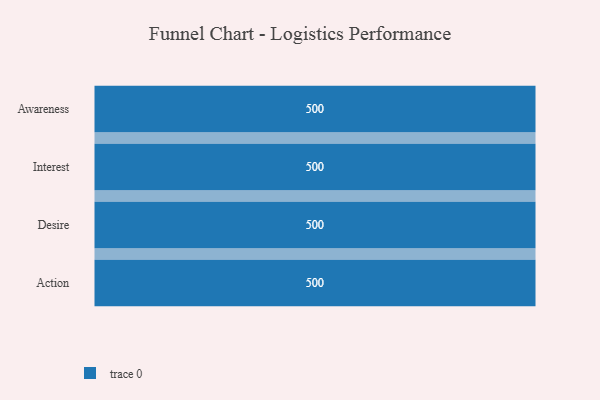
{"axis": {"x": "Stage", "y": "Value"}, "legend": [""], "data": [{"x": "Awareness", "y": 500, "type": ""}, {"x": "Interest", "y": 500, "type": ""}, {"x": "Desire", "y": 500, "type": ""}, {"x": "Action", "y": 500, "type": ""}]}